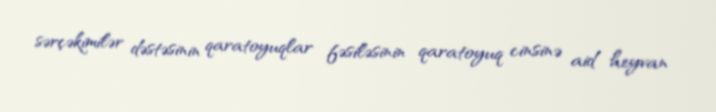
sərçəkimilər dəstəsinin qaratoyuqlar fəsiləsinin qaratoyuq cinsinə aid heyvan